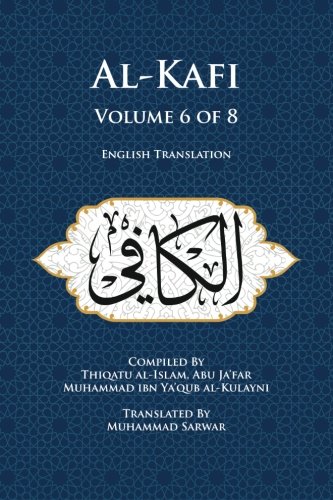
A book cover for Al-Kafi, Volume 6 of 8: English Translation; Thiqatu al-Islam, Abu Ja'far Muhammad ibn Ya'qub al-Kulayni; Religion & Spirituality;